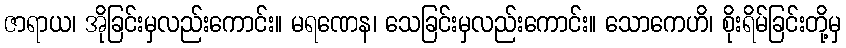
ဇာရာယ၊ အိုခြင်းမှလည်းကောင်း။ မရဏေန၊ သေခြင်းမှလည်းကောင်း။ သောကေဟိ၊ စိုးရိမ်ခြင်းတို့မှ